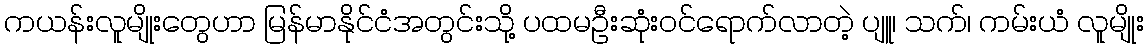
ကယန်းလူမျိုးတွေဟာ မြန်မာနိုင်ငံအတွင်းသို့ ပထမဦးဆုံးဝင်ရောက်လာတဲ့ ပျူ၊ သက်၊ ကမ်းယံ လူမျိုး